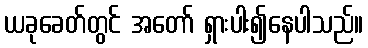
ယခုခေတ်တွင် အတော် ရှားပါး၍နေပါသည်။